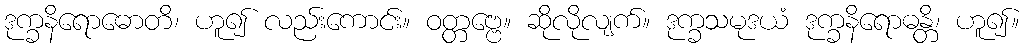
ဒုက္ခနိရောဓောတိ၊ ဟူ၍ လည်းကောင်း။ ဝတ္တဗ္ဗေ။ ဆိုလိုလျက်။ ဒုက္ခသမုဒယံ ဒုက္ခနိရောဓန္တိ၊ ဟူ၍။